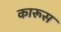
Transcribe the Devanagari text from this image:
कारूस